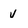
Character: v